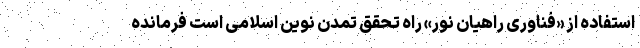
استفاده از «فناوری راهیان نور» راه تحقق تمدن نوین اسلامی است فرمانده